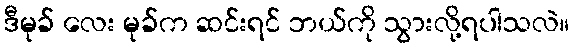
ဒီမုခ် လေး မုခ်က ဆင်းရင် ဘယ်ကို သွားလို့ရပါသလဲ။